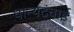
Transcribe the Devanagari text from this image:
धान्यटंचाई